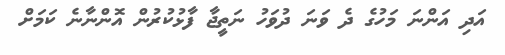
އަދި އަންނަ މަހުގެ ދެ ވަނަ ދުވަހު ނަތީޖާ ފާޅުކުރުން އޮންނާނެ ކަމަށް